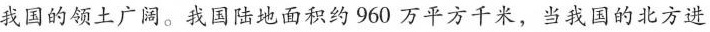
我国的领土广间。我国陆地面积约960万平方千米，当我国的北方进